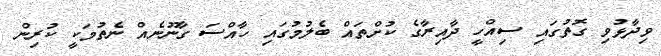
ވިދާޅުވި ގޮތުގައި ސިއްހީ ދާއިރާގެ ކުށްތައް ބެލުމުގައި ހާއްސަ ގާނޫނެއް ނެތުމަކީ ކުރިން